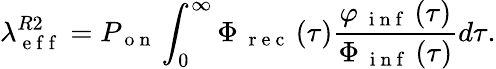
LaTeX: \lambda_{\mathrm{~e~f~f~}}^{R2}=P_{\mathrm{~o~n~}}\int_{0}^{\infty}\Phi_{\mathrm{~\mathrm{~r~e~c~}~}}(\tau)\frac{\varphi_{\mathrm{~\mathrm{~i~n~f~}~}}(\tau)}{\Phi_{\mathrm{~\mathrm{~i~n~f~}~}}(\tau)}d\tau.